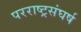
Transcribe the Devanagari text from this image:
परराष्ट्रसंघर्ष